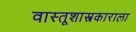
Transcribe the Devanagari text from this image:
वास्तूशास्त्रकाराला